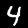
Label: 4